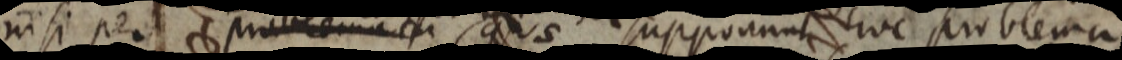
nisi per problemata quae supponunt hoc problema